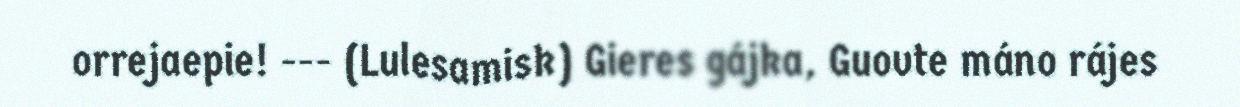
orrejaepie! --- (Lulesamisk) Gieres gájka, Guovte máno rájes